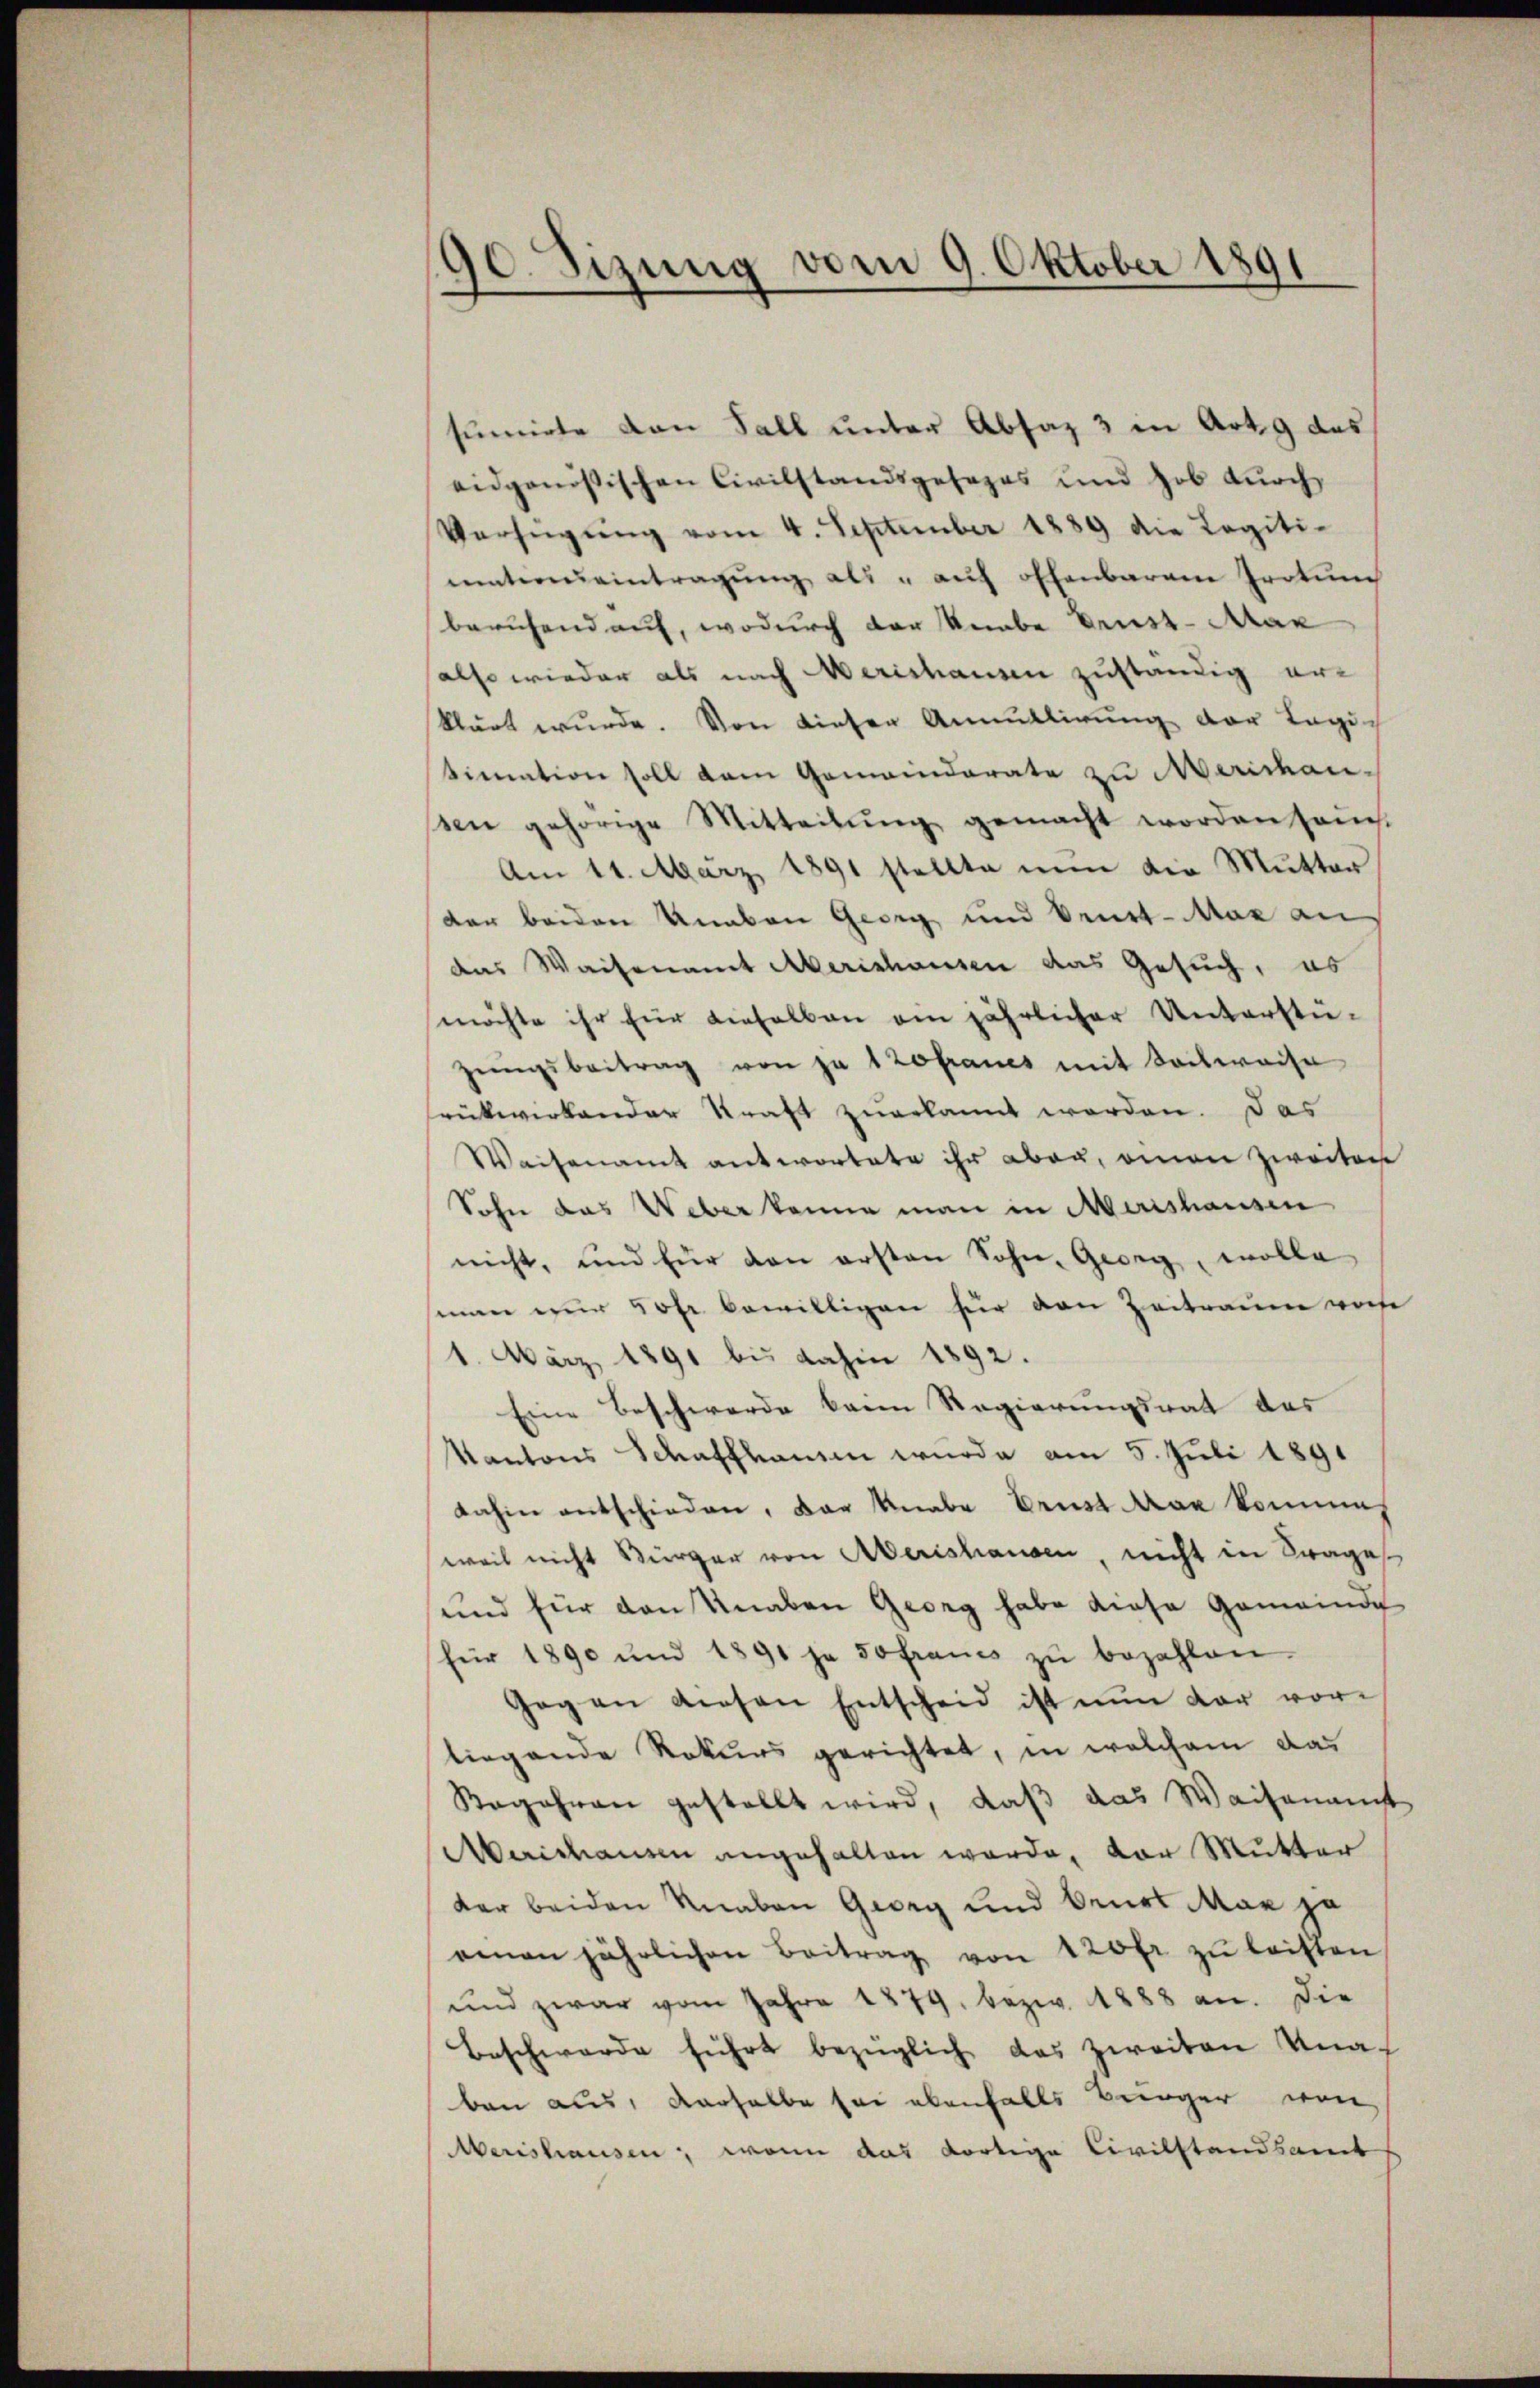
90. Sizung vom 9. Oktober 1891

sumirte von Fall unter Absaz 3 in Art. 9 das
eidgenössischen Civilstandsgesezes und hob durch
Verfügung vom 4. September 1889 die Legiti-
mationeintragung als " auf offenbaren Protu
berufend auf, wodurch der Knabe Ernst-Max
also wieder als nach Merishausen zuständig erklärt wurde. Von dieser Annullirung der Legi-
timation soll dem Gemeinderate zu Meridau-
sen gehörige Mitteilŭng gemacht worden sans
Am 11. März 1891 stellte nun die Mutter
der beiden Unaben Georg und Brust-Mar an
das Waisenamt Merishausen das Gesuch, es
möchte ihr für dieselben ein jährlicher Unterstü-
zŭngsbeitrag von je 1 Zofraues mit Seilweise
rükwirkender Kraft zuerkannt werden. Das
Waisenamt antwortete ihr aber, einen zweiten
Sohn das Weber könne man in Merishausen
nicht, und für den ersten Sohn, Georg, wolle
sman nur 50fr. bewilligen für den Zeitraum von
1. März 1891 bis dahin 1892.
Eine Beschwerde kann Regierungsrat des
Kantons Schaffhausen wurde am 5. Juli 1891
dahin entschieden, der Knabe Ernst Man komme,
weil nicht Bürger von Aberishausen, nicht in Frages
und für den Knaben Georg habe diese Gemeinde
für 1890 und 1891 ja so francs zŭ bezahlen.
Gegen diesen Entscheid ist nun der vor-
liegende Rekurs gerichtet, in welchem das
Regähren gestellt wird, daß das Waisenamt
Maichanzen angehalten werde, der Mutter
der beiden Knaben Georg und Beurt Mar ja
einen jährlichen Beitrag von 120 fr zŭ leisten
und zwar vom Jahre 1879. bezw. 1888 an. Die
Beschwerde führt bezüglich das zweiten Knaben aus, derselbe sei ebenfalls Bürger von
Merishausen, wenn das dortige Civilstandsamt